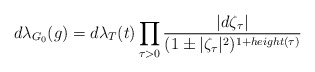
\begin{align*}d\lambda_{G_0}(g)=d\lambda_T(t)\prod_{\tau>0}\frac{|d\zeta_\tau|}{(1\pm|\zeta_\tau|^2)^{1+height(\tau)}}\end{align*}